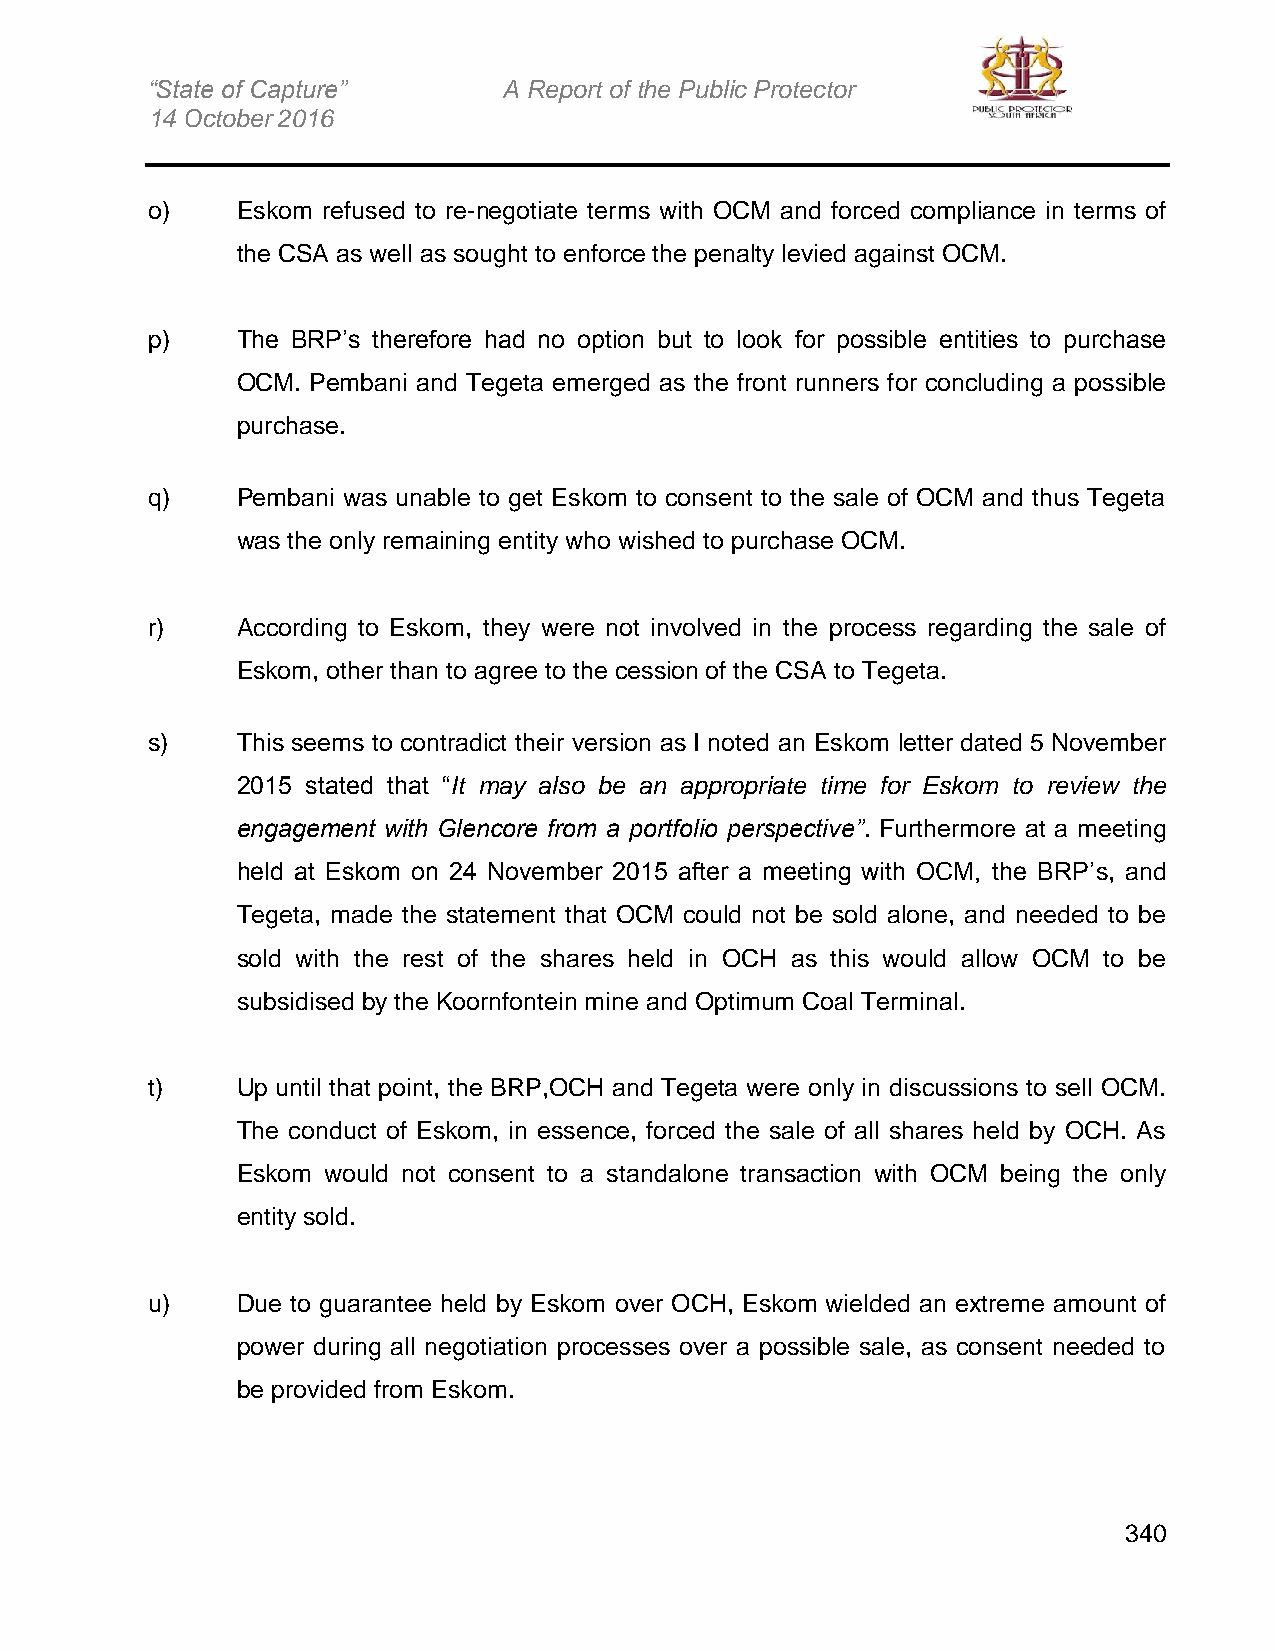
“State of Capture”     A Report of the Public Protector
 14 October 2016
 o)    Eskom refused to re-negotiate terms with OCM and forced compliance in terms of
 the CSA as well as sought to enforce the penalty levied against OCM.
 p)    The BRP’s therefore had no option but to look for possible entities to purchase
 OCM. Pembani and Tegeta emerged as the front runners for concluding a possible
 purchase.
 q)    Pembani was unable to get Eskom to consent to the sale of OCM and thus Tegeta
 was the only remaining entity who wished to purchase OCM.
 r)    According to Eskom, they were not involved in the process regarding the sale of
 Eskom, other than to agree to the cession of the CSA to Tegeta.
 s)    This seems to contradict their version as I noted an Eskom letter dated 5 November
 2015 stated that “It may also be an appropriate time for Eskom to review the
 engagement with Glencore from a portfolio perspective”. Furthermore at a meeting
 held at Eskom on 24 November 2015 after a meeting with OCM, the BRP’s, and
 Tegeta, made the statement that OCM could not be sold alone, and needed to be
 sold with the rest of the shares held in OCH as this would allow OCM to be
 subsidised by the Koornfontein mine and Optimum Coal Terminal.
 t)    Up until that point, the BRP,OCH and Tegeta were only in discussions to sell OCM.
 The conduct of Eskom, in essence, forced the sale of all shares held by OCH. As
 Eskom would not consent to a standalone transaction with OCM being the only
 entity sold.
 u)    Due to guarantee held by Eskom over OCH, Eskom wielded an extreme amount of
 power during all negotiation processes over a possible sale, as consent needed to
 be provided from Eskom.
 340